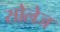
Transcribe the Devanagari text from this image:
सोलेज